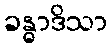
ခန္ဓာဒိသာ